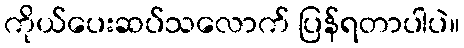
ကိုယ်ပေးဆပ်သလောက် ပြန်ရတာပါပဲ။